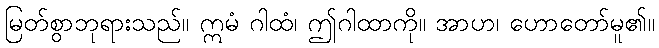
မြတ်စွာဘုရားသည်။ ဣမံ ဂါထံ၊ ဤဂါထာကို။ အာဟ၊ ဟောတော်မူ၏။